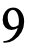
9